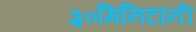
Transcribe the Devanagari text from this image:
३०मिनिटांनी